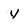
Character: y